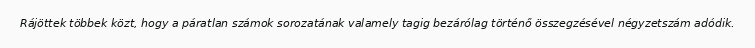
Rájöttek többek közt, hogy a páratlan számok sorozatának valamely tagig bezárólag történő összegzésével négyzetszám adódik.